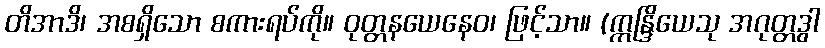
တိအာဒိ၊ အစရှိသော စကားရပ်ကို။ ဝုတ္တနယေနေဝ၊ ဖြင့်သာ။ (ဣန္ဒြိယေသု အဂုတ္တဒွါ